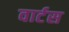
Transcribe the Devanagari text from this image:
वार्टस